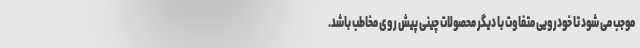
موجب می شود تا خودرویی متفاوت با دیگر محصولات چینی پیش روی مخاطب باشد.